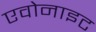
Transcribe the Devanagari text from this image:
एवोनाइट